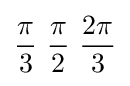
{\pi  \over 3}\ {\pi  \over 2}\ {2\pi  \over 3}